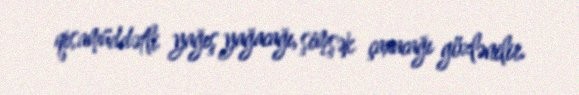
qısamüddətli yağış yağacağı, şimşək çaxacağı gözlənilir.